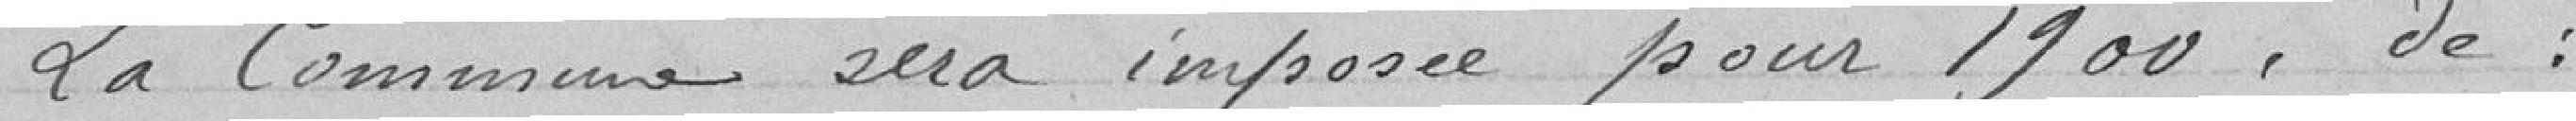
La Commune sera imposée pour 1900, de :